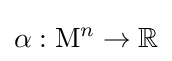
\alpha :\mathrm {M} ^{n}\rightarrow \mathbb {R}